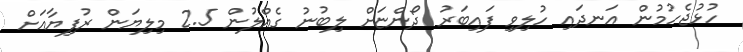
ހުޅުޖެހުމުން އަނދައި ހުލިވި ފައިބަރު ދޯންޏަށް ލިބުނު ގެއްލުން 2.5 މިލިޔަން ރުފިޔާއަށް